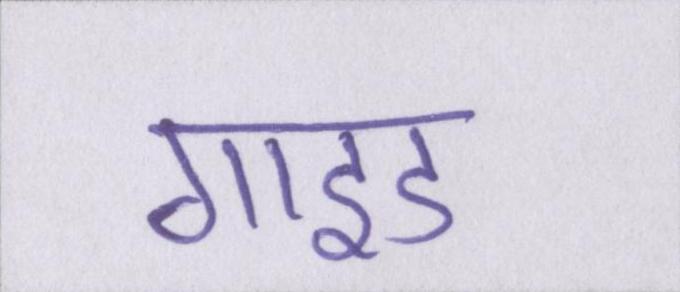
गाइड